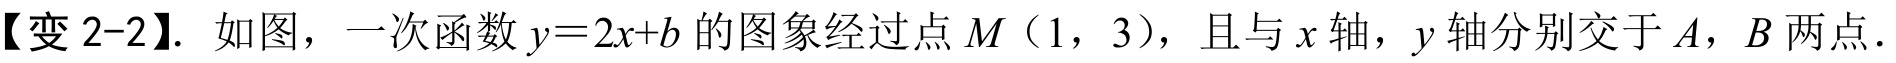
【变 2-2】. 如图，一次函数\(y = 2x + b\)的图象经过点\(M（1，3）\)，且与\(x\)轴，\(y\)轴分别交于\(A\)，\(B\)两点．